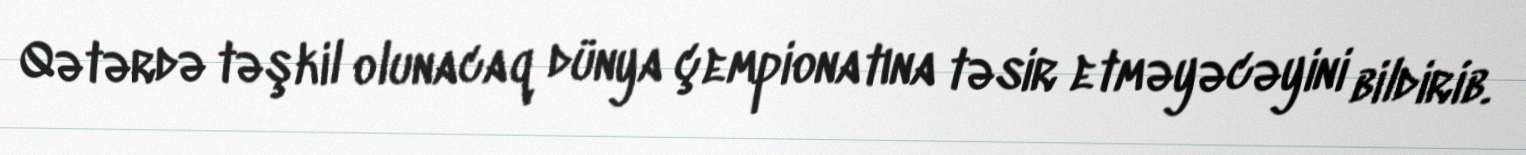
Qətərdə təşkil olunacaq dünya çempionatına təsir etməyəcəyini bildirib.